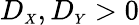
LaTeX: D_{\scriptscriptstyle{X}},D_{\scriptscriptstyle{Y}}>0